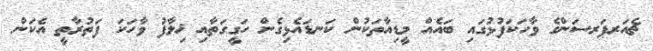
ޗެއަރޕަރސަންގެ ވާހަކަފުޅުގައި ބައެއް މީޑިއާތަކުން ކަނޑައެޅިގެން ހަގީގަތާއި ޚިލާފު ވާހަކަ ފަތުރާތީ އެކަން